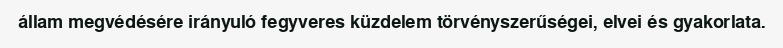
állam megvédésére irányuló fegyveres küzdelem törvényszerűségei, elvei és gyakorlata.